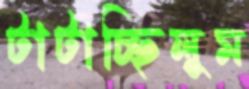
টাটাচ্ছিলুম